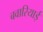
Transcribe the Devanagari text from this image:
बवारियाई